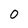
Character: 0